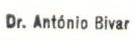
Dr. António Bivar